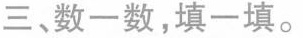
三、数一数，填一填。